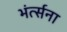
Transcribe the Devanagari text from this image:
भंर्त्सना